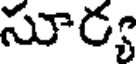
సూర్య